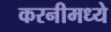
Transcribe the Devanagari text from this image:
करनीमध्ये